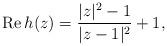
LaTeX: \begin{align*}\mathrm{Re}\,h(z)=\frac{|z|^2-1}{|z-1|^2}+1,\end{align*}